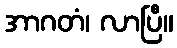
အာဂတံ၊ လာပြီ။